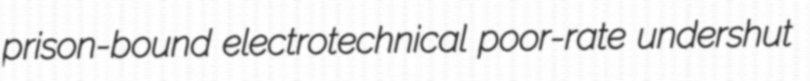
prison-bound electrotechnical poor-rate undershut